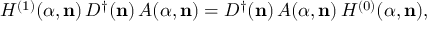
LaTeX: H ^ { ( 1 ) } ( { \alpha } , { \bf n } ) \, D ^ { \dagger } ( { \bf n } ) \, A ( { \alpha } , { \bf n } ) = D ^ { \dagger } ( { \bf n } ) \, A ( { \alpha } , { \bf n } ) \, H ^ { ( 0 ) } ( { \alpha } , { \bf n } ) ,